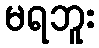
မရဘူး